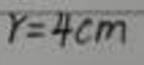
$Y = 4cm$